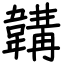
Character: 韝